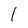
Character: 1